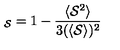
\protectu _ { \cal { S } } = 1 - { \frac { \langle { \cal { S } } ^ { 2 } \rangle } { 3 ( \langle { \cal { S } } \rangle ) ^ { 2 } } }